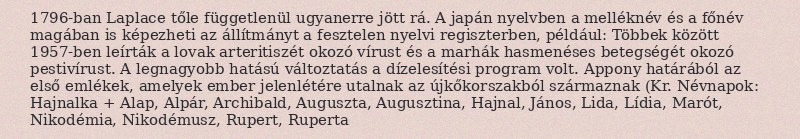
1796-ban Laplace tőle függetlenül ugyanerre jött rá. A japán nyelvben a melléknév és a főnév magában is képezheti az állítmányt a fesztelen nyelvi regiszterben, például: Többek között 1957-ben leírták a lovak arteritiszét okozó vírust és a marhák hasmenéses betegségét okozó pestivírust. A legnagyobb hatású változtatás a dízelesítési program volt. Appony határából az első emlékek, amelyek ember jelenlétére utalnak az újkőkorszakból származnak (Kr. Névnapok: Hajnalka + Alap, Alpár, Archibald, Auguszta, Augusztina, Hajnal, János, Lida, Lídia, Marót, Nikodémia, Nikodémusz, Rupert, Ruperta